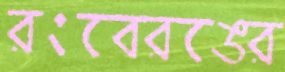
রংবেরঙের